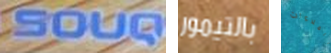
SOUQ بالتيمور الملاءات